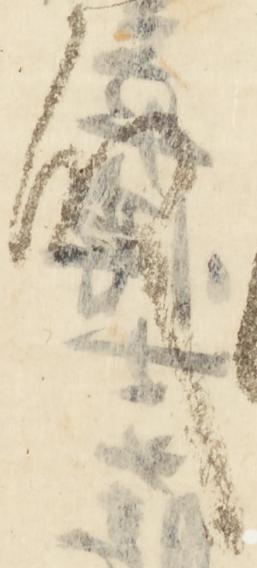
殿